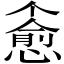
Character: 𪬪